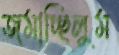
জমাচ্ছিলুম